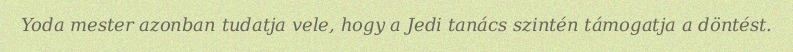
Yoda mester azonban tudatja vele, hogy a Jedi tanács szintén támogatja a döntést.